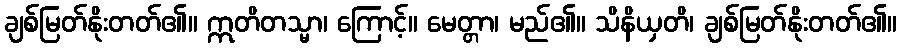
ချစ်မြတ်နိုးတတ်၏။ ဣတိတသ္မာ၊ ကြောင့်။ မေတ္တာ၊ မည်၏။ သိနိယှတိ၊ ချစ်မြတ်နိုးတတ်၏။